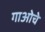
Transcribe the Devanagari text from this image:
गाओचे